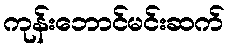
ကုန်းဘောင်မင်းဆက်